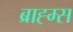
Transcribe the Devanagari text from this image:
ब्राह्म्स